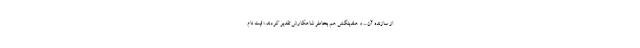
از سازنده آن ... و هلدینگش هم بخاطر شاهکارش تقدیر کردند.» ثبت نام